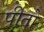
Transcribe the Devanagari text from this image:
पीतो